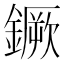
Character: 鐝